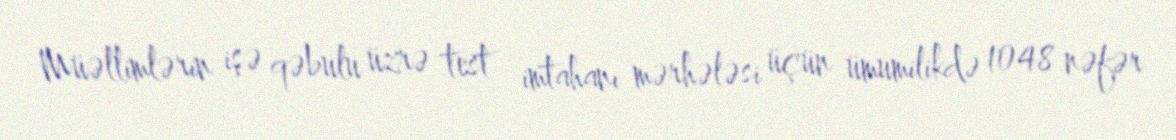
Müəllimlərin işə qəbulu üzrə test imtahanı mərhələsi üçün ümumilikdə 1048 nəfər